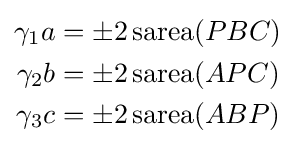
{\begin{aligned}\gamma _{1}a&=\pm 2\operatorname {sarea} (PBC)\\\gamma _{2}b&=\pm 2\operatorname {sarea} (APC)\\\gamma _{3}c&=\pm 2\operatorname {sarea} (ABP)\end{aligned}}